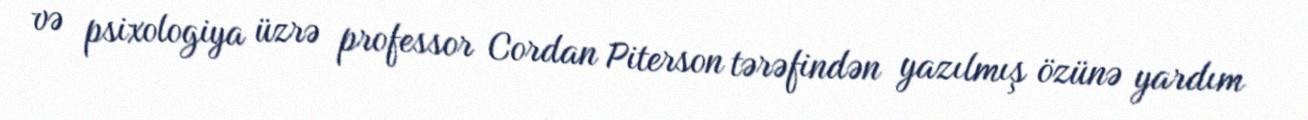
və psixologiya üzrə professor Cordan Piterson tərəfindən yazılmış özünə yardım